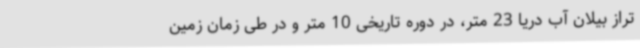
تراز بیلان آب دریا 23 متر، در دوره تاریخی 10 متر و در طی زمان زمین